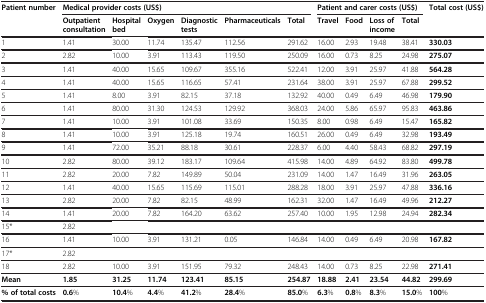
<table><thead><tr><td><b>Patient number</b></td><td colspan="6"><b>Medical provider costs (US$)</b></td><td colspan="4"><b>Patient and carer costs (US$)</b></td><td><b>Total cost (US$)</b></td></tr><tr><td><b> </b></td><td><b>Outpatient consultation</b></td><td><b>Hospital bed</b></td><td><b>Oxygen</b></td><td><b>Diagnostic tests</b></td><td><b>Pharmaceuticals</b></td><td><b>Total</b></td><td><b>Travel</b></td><td><b>Food</b></td><td><b>Loss of income</b></td><td><b>Total</b></td><td><b> </b></td></tr></thead><tbody><tr><td>1</td><td>1.41</td><td>30.00</td><td>11.74</td><td>135.47</td><td>112.56</td><td>291.62</td><td>16.00</td><td>2.93</td><td>19.48</td><td>38.41</td><td><b>330.03</b></td></tr><tr><td>2</td><td>2.82</td><td>10.00</td><td>3.91</td><td>113.43</td><td>119.50</td><td>250.09</td><td>16.00</td><td>0.73</td><td>8.25</td><td>24.98</td><td><b>275.07</b></td></tr><tr><td>3</td><td>1.41</td><td>40.00</td><td>15.65</td><td>109.67</td><td>355.16</td><td>522.41</td><td>12.00</td><td>3.91</td><td>25.97</td><td>41.88</td><td><b>564.28</b></td></tr><tr><td>4</td><td>1.41</td><td>40.00</td><td>15.65</td><td>116.65</td><td>57.41</td><td>231.64</td><td>38.00</td><td>3.91</td><td>25.97</td><td>67.88</td><td><b>299.52</b></td></tr><tr><td>5</td><td>1.41</td><td>8.00</td><td>3.91</td><td>82.15</td><td>37.18</td><td>132.92</td><td>40.00</td><td>0.49</td><td>6.49</td><td>46.98</td><td><b>179.90</b></td></tr><tr><td>6</td><td>1.41</td><td>80.00</td><td>31.30</td><td>124.53</td><td>129.92</td><td>368.03</td><td>24.00</td><td>5.86</td><td>65.97</td><td>95.83</td><td><b>463.86</b></td></tr><tr><td>7</td><td>1.41</td><td>10.00</td><td>3.91</td><td>101.08</td><td>33.69</td><td>150.35</td><td>8.00</td><td>0.98</td><td>6.49</td><td>15.47</td><td><b>165.82</b></td></tr><tr><td>8</td><td>1.41</td><td>10.00</td><td>3.91</td><td>125.18</td><td>19.74</td><td>160.51</td><td>26.00</td><td>0.49</td><td>6.49</td><td>32.98</td><td><b>193.49</b></td></tr><tr><td>9</td><td>1.41</td><td>72.00</td><td>35.21</td><td>88.18</td><td>30.61</td><td>228.37</td><td>6.00</td><td>4.40</td><td>58.43</td><td>68.82</td><td><b>297.19</b></td></tr><tr><td>10</td><td>2.82</td><td>80.00</td><td>39.12</td><td>183.17</td><td>109.64</td><td>415.98</td><td>14.00</td><td>4.89</td><td>64.92</td><td>83.80</td><td><b>499.78</b></td></tr><tr><td>11</td><td>2.82</td><td>20.00</td><td>7.82</td><td>149.89</td><td>50.04</td><td>231.09</td><td>14.00</td><td>1.47</td><td>16.49</td><td>31.96</td><td><b>263.05</b></td></tr><tr><td>12</td><td>1.41</td><td>40.00</td><td>15.65</td><td>115.69</td><td>115.01</td><td>288.28</td><td>18.00</td><td>3.91</td><td>25.97</td><td>47.88</td><td><b>336.16</b></td></tr><tr><td>13</td><td>2.82</td><td>20.00</td><td>7.82</td><td>82.15</td><td>48.99</td><td>162.31</td><td>32.00</td><td>1.47</td><td>16.49</td><td>49.96</td><td><b>212.27</b></td></tr><tr><td>14</td><td>1.41</td><td>20.00</td><td>7.82</td><td>164.20</td><td>63.62</td><td>257.40</td><td>10.00</td><td>1.95</td><td>12.98</td><td>24.94</td><td><b>282.34</b></td></tr><tr><td>15*</td><td>2.82</td><td> </td><td> </td><td> </td><td> </td><td> </td><td> </td><td> </td><td> </td><td> </td><td> </td></tr><tr><td>16</td><td>1.41</td><td>10.00</td><td>3.91</td><td>131.21</td><td>0.05</td><td>146.84</td><td>14.00</td><td>0.49</td><td>6.49</td><td>20.98</td><td><b>167.82</b></td></tr><tr><td>17*</td><td>2.82</td><td> </td><td> </td><td> </td><td> </td><td> </td><td> </td><td> </td><td> </td><td> </td><td> </td></tr><tr><td>18</td><td>2.82</td><td>10.00</td><td>3.91</td><td>151.95</td><td>79.32</td><td>248.43</td><td>14.00</td><td>0.73</td><td>8.25</td><td>22.98</td><td><b>271.41</b></td></tr><tr><td><b>Mean</b></td><td><b>1.85</b></td><td><b>31.25</b></td><td><b>11.74</b></td><td><b>123.41</b></td><td><b>85.15</b></td><td><b>254.87</b></td><td><b>18.88</b></td><td><b>2.41</b></td><td><b>23.54</b></td><td><b>44.82</b></td><td><b>299.69</b></td></tr><tr><td><b>% of total costs</b></td><td><b>0.6</b>%</td><td><b>10.4</b>%</td><td><b>4.4</b>%</td><td><b>41.2</b>%</td><td><b>28.4</b>%</td><td><b>85.0</b>%</td><td><b>6.3</b>%</td><td><b>0.8</b>%</td><td><b>8.3</b>%</td><td><b>15.0</b>%</td><td><b>100</b>%</td></tr></tbody></table>